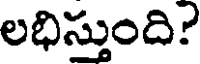
లభిస్తుంది?